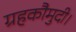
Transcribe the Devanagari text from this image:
ग्रहकौमुदी।